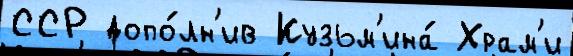
ССР допо́лн'ив Кузьм'ина́ Храм'и